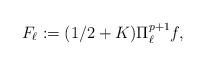
LaTeX: \begin{align*} F_\ell:=(1/2+K)\Pi_\ell^{p+1} f,\end{align*}